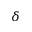
\delta